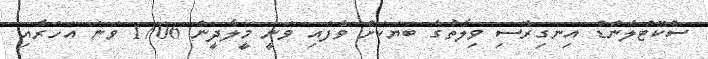
ސްކޮޓްލެންޑް އިނގިރޭސި ވިލާތުގެ ބަޔަކަށް ވެފައި ވަނީ މީލާދީން 1706 ވަނަ އަހަރާއި